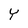
Character: Y